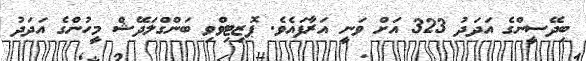
ބިދޭސީންގެ އަދަދު 323 އަށް ވަނީ އަރާފައެވެ. ޕޮޒިޓިވްވި ބަންގްލަދޭޝް މީހުންގެ އަދަދު